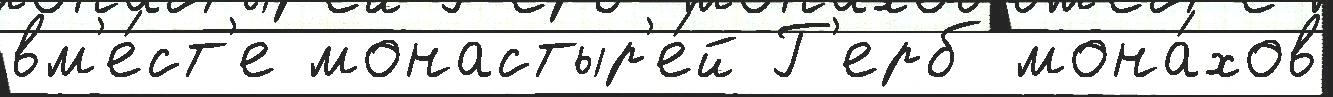
вм'е́ст'е монастыр'е́й Г'ерб мона́хов